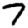
Digit: 7